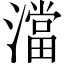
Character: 澢